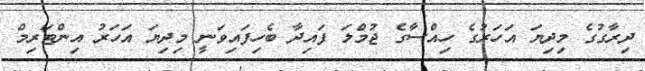
ދިރާގުގެ މިދިޔަ އަހަރުގެ ހިއްސާގެ ޖުމްލަ ފައިދާ ބެހިފައިވަނީ މިދިޔަ އަހަރު އިންޓަރިމް